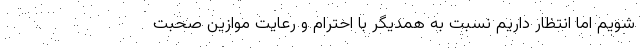
شویم اما انتظار داریم نسبت به همدیگر با احترام و رعایت موازین صحبت